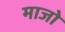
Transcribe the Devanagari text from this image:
माजो